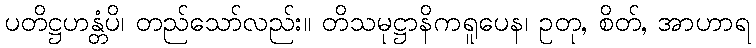
ပတိဋ္ဌဟန္တံပိ၊ တည်သော်လည်း။ တိသမုဋ္ဌာနိကရူပေန၊ ဥတု, စိတ်, အာဟာရ